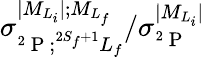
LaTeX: {\sigma}_{^2\mathrm{~P~};^{2S_{f}+1}L_{f}}^{\vert{M}_{L_{i}}\vert;{M}_{{L}_{f}}}/{\sigma}_{^2\mathrm{~P~}}^{\vert{M}_{L_{i}}\vert}